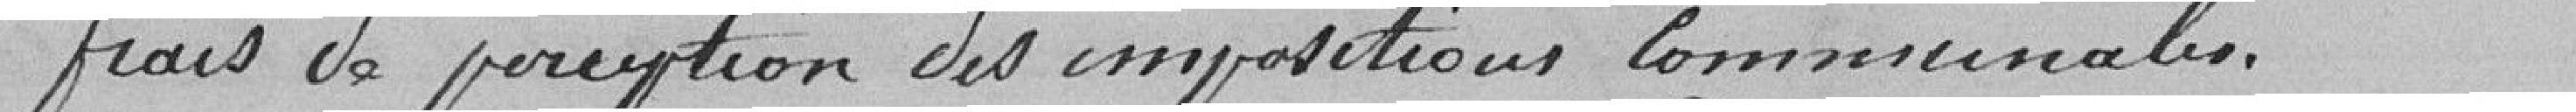
Frais de perception des impositions communales.